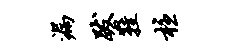
漏跋鞋柱